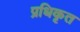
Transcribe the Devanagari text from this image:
प्रधिकृत